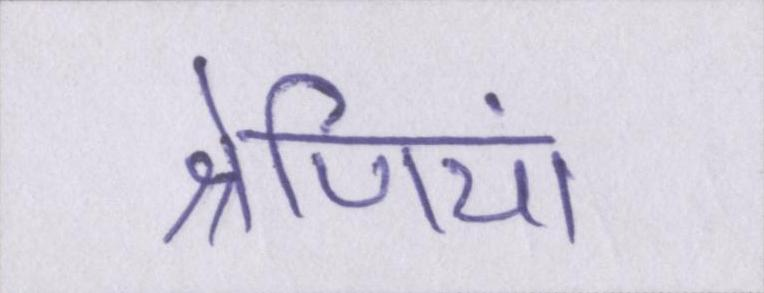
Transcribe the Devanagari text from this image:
श्रेणियां